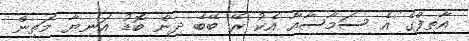
އާތިފްގެ އެ ސަމާސާއާ އެކު ރޭ ބޭބެ ދިން ބޮޑު އަނިޔާ މަތިން